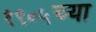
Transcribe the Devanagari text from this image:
१९०५च्या